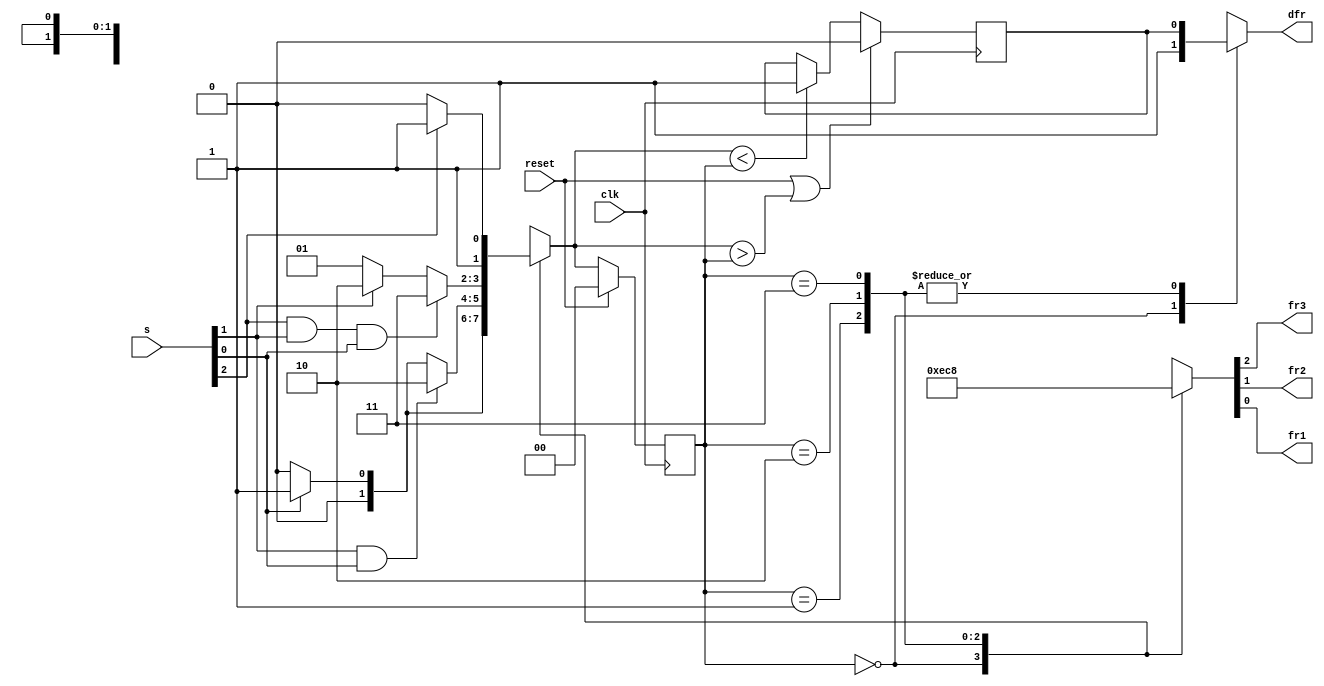
module top_module (
    input clk,
    input reset,
    input [3:1] s,
    output fr3,
    output fr2,
    output fr1,
    output dfr
); 
    parameter S0 = 2'd0,
              S1 = 2'd1,
              S2 = 2'd2,
              S3 = 2'd3;

    reg [1:0] state, next_state;

    always @(*) begin
        case (state)
            S0: if (s[1] == 1'b1) begin
                    next_state = S1;        
                end
                else begin
                    next_state = S0;
                end
            S1: if (s[2] == 1'b1 && s[1] == 1'b1) begin
                    next_state = S2;        
                end
                else if(s[1] == 1'b0) begin
                    next_state = S0;
                end
                else begin
                    next_state = S1;
                end
            S2: if (s[3] == 1'b1 && s[2] == 1'b1 && s[1] == 1'b1) begin
                    next_state = S3;         
                end
                else if(s[2] == 1'b0) begin
                    next_state = S1;
                end
                else begin
                    next_state = S2;
                end
            S3: if(s[3] == 1'b0) begin
                    next_state = S2;
                end
                else begin
                    next_state = S3;
                end
            default: next_state = S0;
        endcase
    end

    always @(posedge clk) begin
        if (reset == 1'b1) begin
            state <=  S0;
        end
        else begin
            state <= next_state;
        end
    end
    
    reg lower;
    always @(posedge clk) begin
        if (reset || next_state > state) begin
            lower = 1'b0;
        end
        else if(next_state < state) begin
            lower = 1'b1;
        end
    end

    always @(*) begin
        case (state)
            S0: begin {fr3, fr2, fr1} = 3'b111; dfr = 1'b1; end
            S1: begin {fr3, fr2, fr1} = 3'b011; dfr = lower; end
            S2: begin {fr3, fr2, fr1} = 3'b001; dfr = lower; end
            S3: begin {fr3, fr2, fr1} = 3'b000; dfr = lower; end
        endcase
    end

endmodule